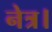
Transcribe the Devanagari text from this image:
नेत्र।